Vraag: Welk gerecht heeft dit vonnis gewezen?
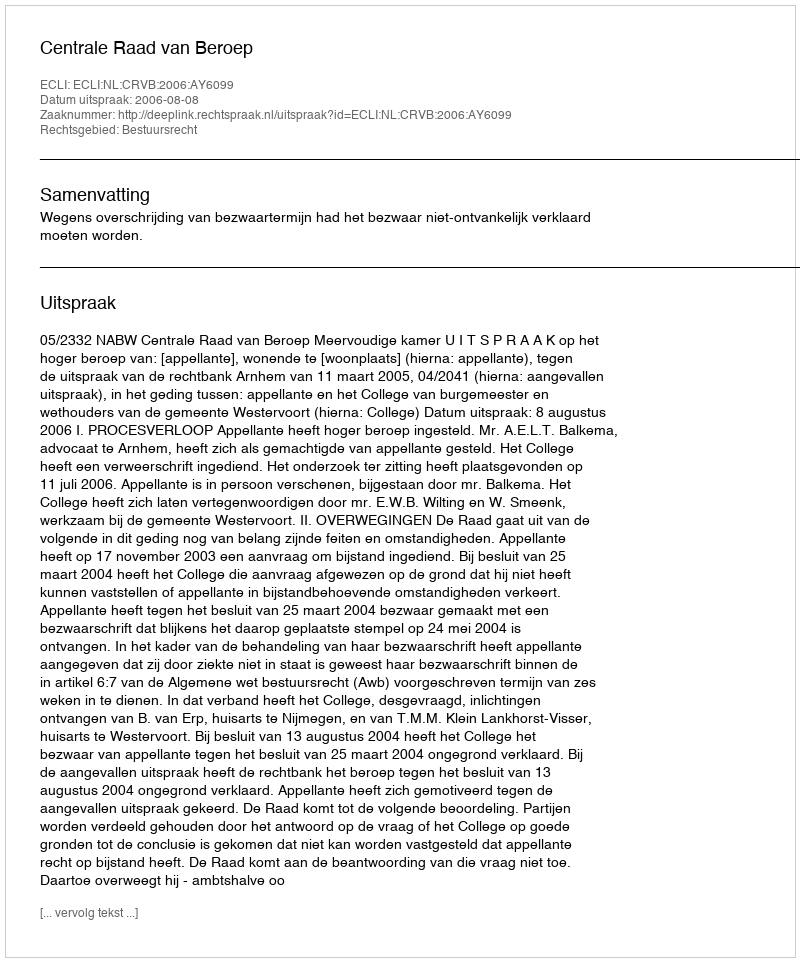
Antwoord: Centrale Raad van Beroep